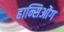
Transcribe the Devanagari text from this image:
हान्सिओंग